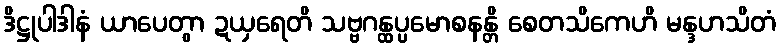
ဒိဋ္ဌုပါဒါနံ ယာပေတွာ ဍယှရေတိ သဗ္ဗဂန္ထပ္ပမောစနန္တိ စေတသိကေဟိ မန္ဒဟသိတံ